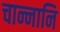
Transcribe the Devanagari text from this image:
चान्नानि